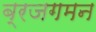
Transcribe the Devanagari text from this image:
ब्रजगमन